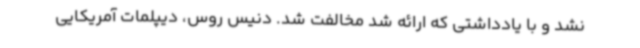
نشد و با یادداشتی که ارائه شد مخالفت شد. دنیس روس، دیپلمات آمریکایی